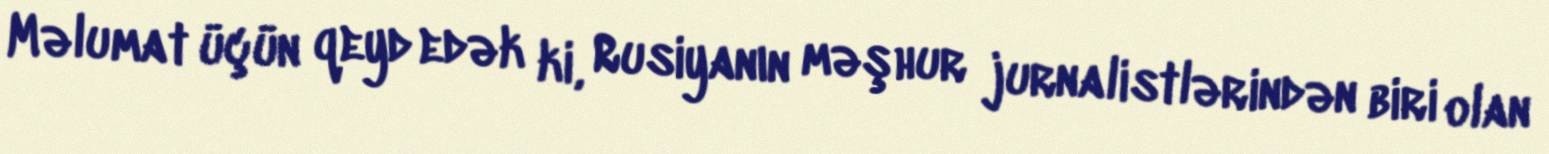
Məlumat üçün qeyd edək ki, Rusiyanın məşhur jurnalistlərindən biri olan